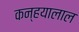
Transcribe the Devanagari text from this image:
कन्हयालाल